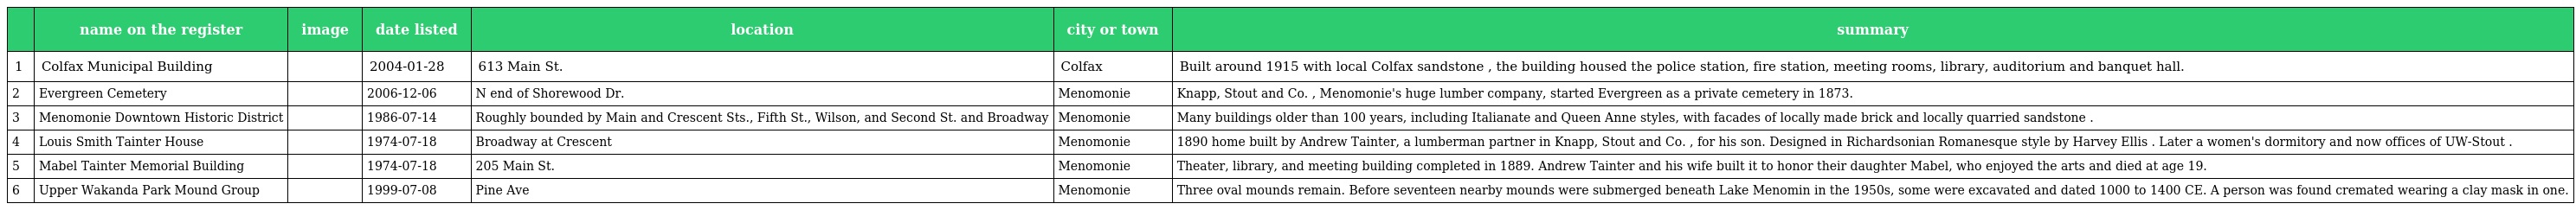
|  | name on the register | image | date listed | location | city or town | summary |
 | --- | --- | --- | --- | --- | --- | --- |
 | 1 | Colfax Municipal Building |  | 2004-01-28 | 613 Main St. | Colfax | Built around 1915 with local Colfax sandstone , the building housed the police station, fire station, meeting rooms, library, auditorium and banquet hall. |
 | 2 | Evergreen Cemetery |  | 2006-12-06 | N end of Shorewood Dr. | Menomonie | Knapp, Stout and Co. , Menomonie's huge lumber company, started Evergreen as a private cemetery in 1873. |
 | 3 | Menomonie Downtown Historic District |  | 1986-07-14 | Roughly bounded by Main and Crescent Sts., Fifth St., Wilson, and Second St. and Broadway | Menomonie | Many buildings older than 100 years, including Italianate and Queen Anne styles, with facades of locally made brick and locally quarried sandstone . |
 | 4 | Louis Smith Tainter House |  | 1974-07-18 | Broadway at Crescent | Menomonie | 1890 home built by Andrew Tainter, a lumberman partner in Knapp, Stout and Co. , for his son. Designed in Richardsonian Romanesque style by Harvey Ellis . Later a women's dormitory and now offices of UW-Stout . |
 | 5 | Mabel Tainter Memorial Building |  | 1974-07-18 | 205 Main St. | Menomonie | Theater, library, and meeting building completed in 1889. Andrew Tainter and his wife built it to honor their daughter Mabel, who enjoyed the arts and died at age 19. |
 | 6 | Upper Wakanda Park Mound Group |  | 1999-07-08 | Pine Ave | Menomonie | Three oval mounds remain. Before seventeen nearby mounds were submerged beneath Lake Menomin in the 1950s, some were excavated and dated 1000 to 1400 CE. A person was found cremated wearing a clay mask in one. |